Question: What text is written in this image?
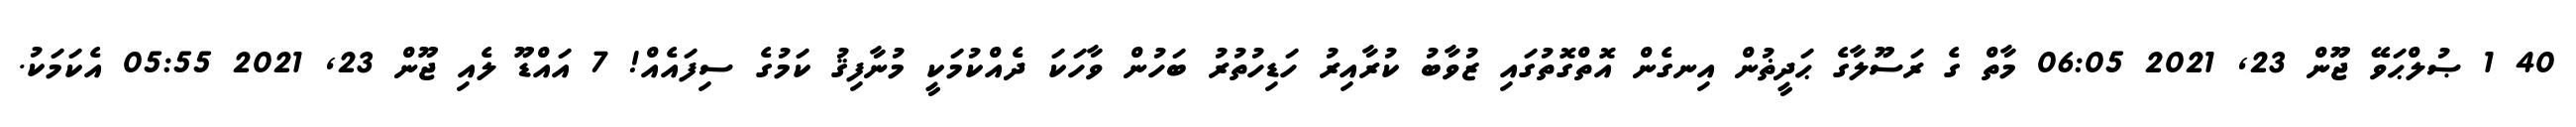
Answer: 40 1 ޞުލްޙަވޭ ޖޫން 23, 2021 06:05 މާތް ގެ ރަސޫލާގެ ޙަދީޡުން އިނގެން އޮތްގޮތުގައި ޒުވާބު ކުރާއިރު ހަޑިހުތުރު ބަހުން ވާހަކަ ދެއްކުމަކީ މުނާފިޤު ކަމުގެ ސިފައެއް! 7 އައްޑޫ ލެއި ޖޫން 23, 2021 05:55 އެކަމަކު.